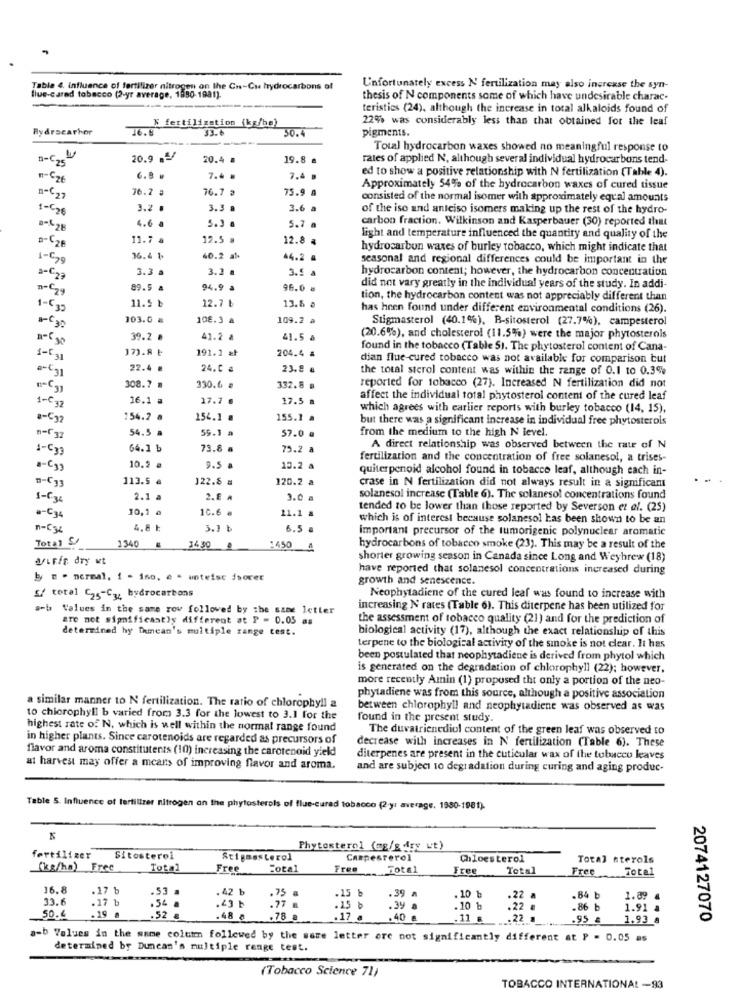
Table 4. influence of fertilizer nitrogen on the Cn-Cu hydrocarbons of
U'nfortunately excess N fertilization may also increase the syn-
llue-cared tobacco (2-yr average, 1880-1981)
thesis of N components some of which have undesirable charac-
teristics (24), although the increase in total alkaloids found of
% fertilization (kg/ha)
22% was considerably less than that obtained for the leaf
Hydracarher
pigments.
Total hydrocarbon waxes showed no meaningful response to
B-C,
20.9 ./
20.4 .
19.8 .
rates of applied N, although several individual hydrocarbons tend-
ed to show a positive relationship with N fertilization (Table 4).
6.9 .
7.4 .
7.4 .
36.2 .
75.9 8
Approximately 54% of the hydrocarbon waxes of cured tissue
nºC27
76.7 3
consisted of the normal isomer with approximately equal amounts
1-€26
3.2 .
3.3 .
3.6 a
of the iso and anteiso isomers making up the rest of the hydro-
carbon fraction. Wilkinson and Kasperbauer (30) reported that
4.6 a
5.3 .
5.7 a
11.7 a
12.5 a
12.8 %
light and temperature influenced the quantity and quality of the
hydrocarbon waxes of burley tobacco, which might indicate that
1-59
36.4 1.
60.2 al.
44.2 4
seasonal and regional differences could be important in the
3.3
3.2 .
3.5 a
hydrocarbon content; however, the hydrocarbon concentration
3ºC29
89.5 a
94.9 ª
96.0 a
did not vary greatly in the individual years of the study. In addi-
11.5 ₺
12.7 ₺
tion, the hydrocarbon content was not appreciably different than
1-5 33
13.6 .
has heen found under different environmental conditions (26).
103.0 #
108.3 a
109.2 a
Stigmasterol (40.1%), B-sitosterol (27.7%), campesterol
39.2 .
41.2 &
41.5 a
(20.6%), and cholesterol (11.5%) were the major phytosterols
173.8 ₺
191.2 zł
found in the tobacco (Table 5). The phytosterol content of Cana-
1-531
204.4 a
dian flue cured tobacco was not available for comparison but
22.4 @
24.0 ₴
23.8 &
the total sterol content was within the range of 0.1 to 0.3%
308.7 .
330.6 .
332.8 @
reported for tobacco (27). Increased N fertilization did not
16.1 =
17.7 .
17.5 a
affect the individual total phytosterol content of the cured leaf
1-C 32
which agrees with carlier reports with burley tobacco (14, 15),
154.2 a
154.1 @
155.1 .
but there was a significant increase in individual free phytosterols
54.5 a
55.3 a
from the medium to the high N level.
57.0 a
1-C33
64.1 b
73.8 a
79.2 a
A direct relationship was observed between the rate of N
fertilization and the concentration of free solanesol, a trises-
a-C1)
10.2 .
9.5 .
13.2 a
quiterpenoid alcohol found in tobacco leaf, although each in-
m-C13
113.5 a
122.8 =
120.2 a
crase in N fertilization did not always result in a significant
1-636
2.1 a
2.8 A
3.0 a
solaneso! increase (Table 6). The solanesol concentrations found
10,1 a
10.6 ₺
tended to be lower than those reported by Severson et al. (25)
a-C34
11.1 a
which is of interest because solanesol has been shown to be an
1-536
4.8 ₺
3.7 b
6.5 .
important precursor of the tumorigenic polynuclear aromatic
Total S/
1340
34 50
1450 4
hydrocarbons of tobacco smoke (23). This may be a result of the
diFfe dry wt
shorter growing season in Canada since Long and Weybrew (18)
have reported that solanesol concentrations increased during
b = - normal. 1 - ino, e - unteise isover
growth and senescence.
s/ tetel C25-Cy, hydrocarbons
Neophytadiene of the cured leaf was found to increase with
a-b Values in the same row followed by the same letter
increasing N rates (Table 6). This diterpene has been utilized for
are not significantly different at P = 0.05 as
the assessment of tobacco quality (21) and for the prediction of
determined hy imean's multiple range test.
biological activity (17), although the exact relationship of this
terpene to the biological activity of the smoke is not clear. It has
been postulated that neophytadiene is derived from phytol which
is generated on the degradation of chlorophyll (22); however,
more recently Amin (1) proposed tht only a portion of the neo-
a similar manner to N fertilization. The ratio of chlorophyll a
phytadiene was from this source, although a positive association
between chlorophyll and neophytadiene was observed as was
to chlorophyll b varied from 3.3 for the lowest to 3.1 for the
found in the present study.
highest rate of N, which is well within the normal range found
The duvatrienediol content of the green leaf was observed to
in higher plants. Since carotenoids are regarded as precursors of
decrease with increases in N fertilization (Table 6). These
flavor and aroma constitutents (10) increasing the carotenoid yield
diterpenes are present in the cuticular wax of the tobacco leaves
at harvest may offer a means of improving flavor and aroma.
and are subject to degradation during curing and aging produc-
Table 5. Influence of fertilizer nitrogen on the phytosterols of flue-cured tobacco (2-yr average, 1980-1981)-
Phytosterol (mg/gdry wt)
fertilizer
Sitosterol
StigsesLerol
Campesterol
Chloesterol
Total sterols
(kg/ha) Free
Total
Free
Total
Free
Fotel
Free
Total
Free
Total
16.8
. 17 b
.53
.42 b
.75
.15 b
33.6
.10 ৳
.84 b
1.89 .
.17 b
.34 .
.43 b
.77 .
.25
.39 a
.10 1
.22
.86 b
1.91 a
50.4
.48 &
.17 .
.40 a
.11 .
.22 .
.95 #
1.93 8
2074127070
a-b Values in the same column followed by the same letter are not significantly different at P = 0.05 as
determined by Duncan's multiple renge test.
(Tobacco Science 71)
TOBACCO INTERNATIONAL -93